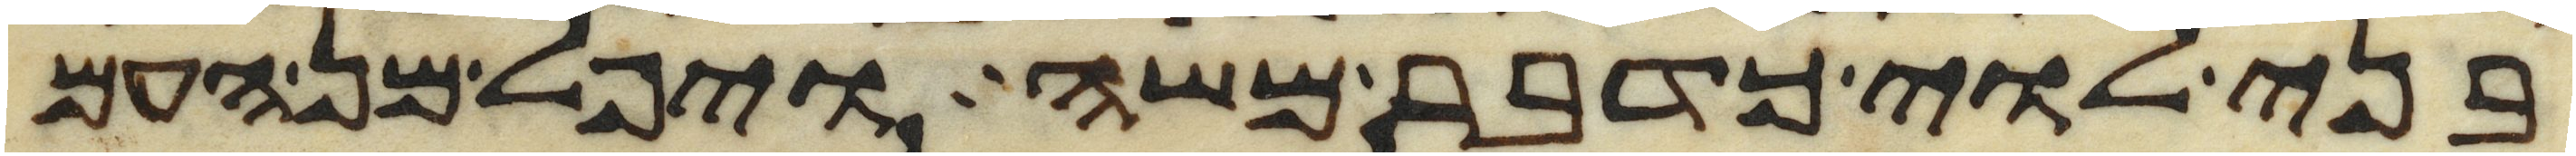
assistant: בני לוי כדבר משה ויפל מן העם